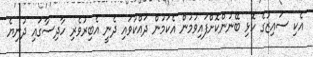
އެކި ސައިޒުގެ ހޮޅި ބޭނުންކޮށްފައިވުމުން އެކަމުން ދައްކުވައި ދެނީ އެބިރުވެރި ހާދިސާގައި ދުނިޔެ